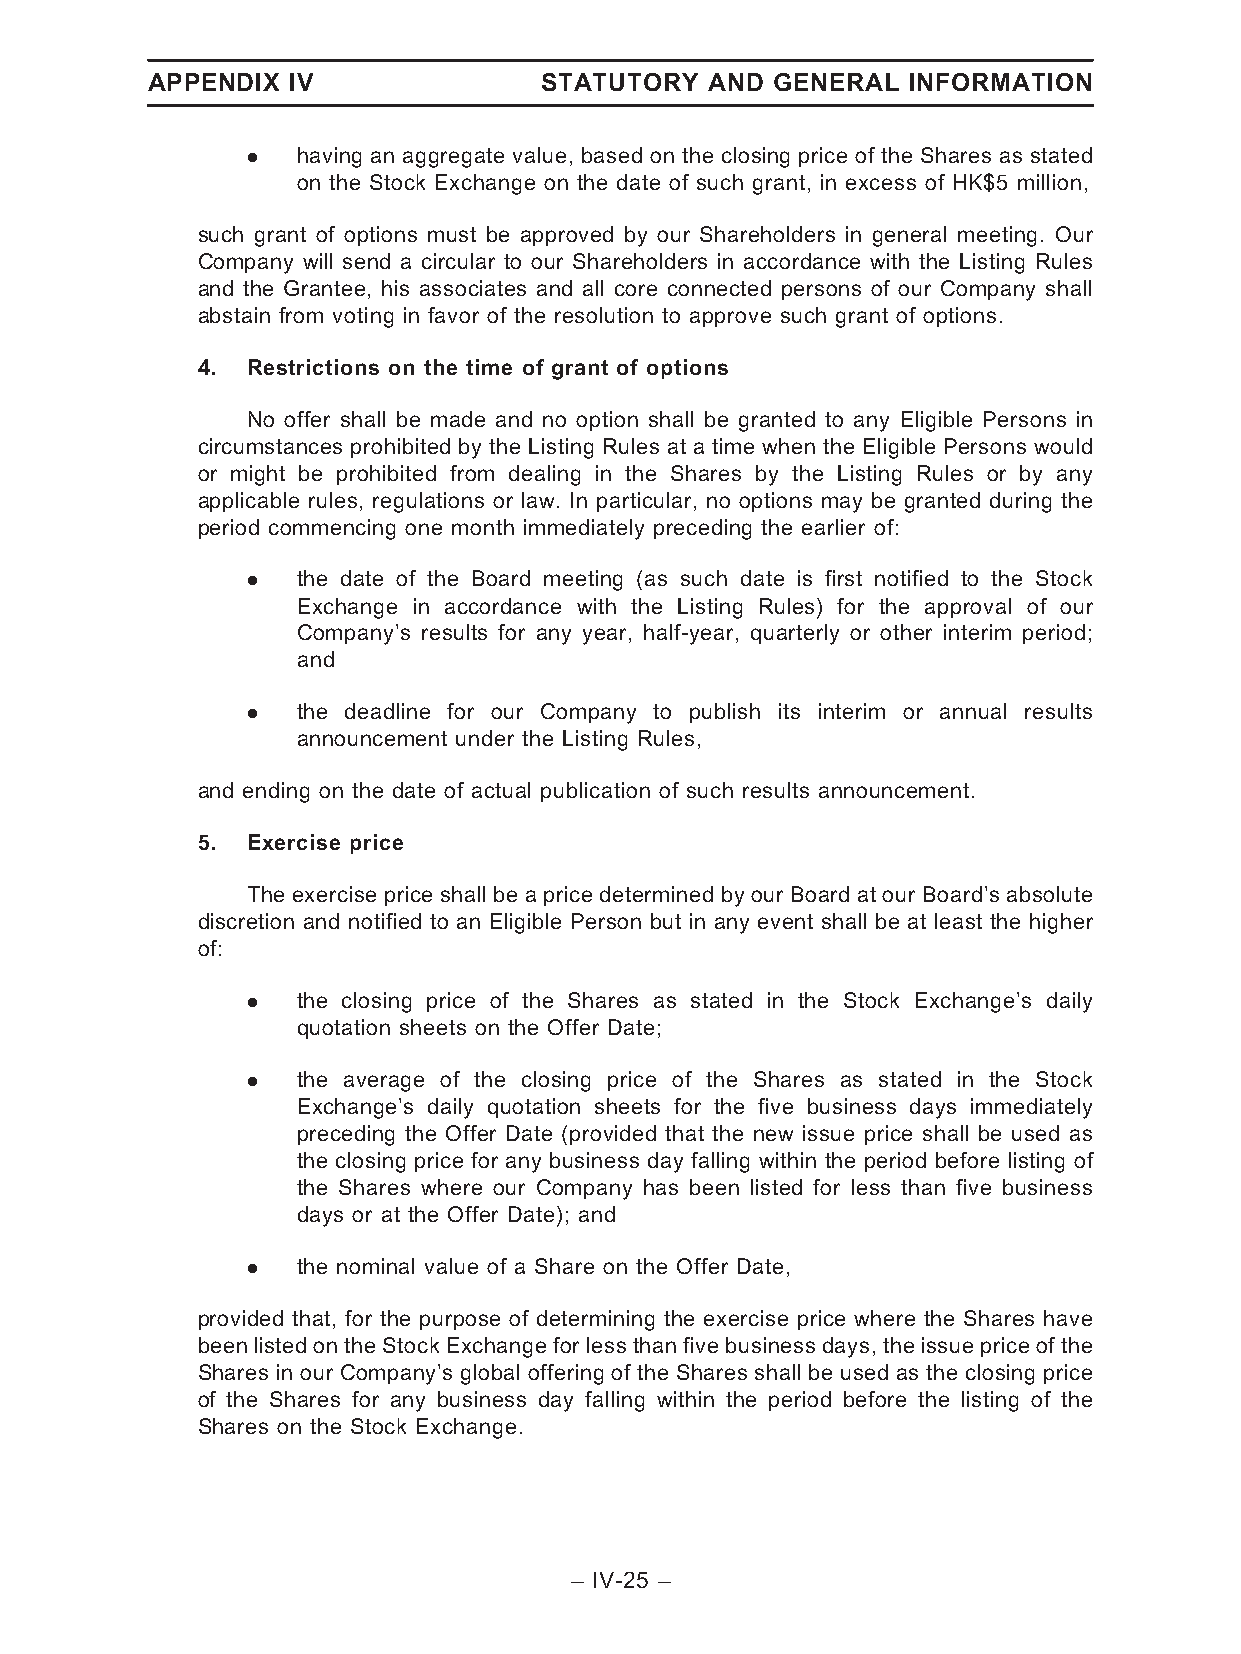
APPENDIX IV               STATUTORY  AND GENERAL  INFORMATION
 .   having an aggregate value, based on the closing price of the Shares as stated
 on the Stock Exchange on the date of such grant, in excess of HK$5 million,
 such grant of options must be approved by our Shareholders in general meeting. Our
 Company will send a circular to our Shareholders in accordance with the Listing Rules
 and the Grantee, his associates and all core connected persons of our Company shall
 abstain from voting in favor of the resolution to approve such grant of options.
 4. Restrictions on the time of grant of options
 No offer shall be made and no option shall be granted to any Eligible Persons in
 circumstances prohibited by the Listing Rules at a time when the Eligible Persons would
 or might be prohibited from dealing in the Shares by the Listing Rules or by any
 applicable rules, regulations or law. In particular, no options may be granted during the
 period commencing one month immediately preceding the earlier of:
 .   the date of the Board meeting (as such date is first notified to the Stock
 Exchange in accordance with the Listing Rules) for the approval of our
 Company’s results for any year, half-year, quarterly or other interim period;
 and
 .   the deadline for our Company to publish its interim or annual results
 announcement under the Listing Rules,
 and ending on the date of actual publication of such results announcement.
 5. Exercise price
 The exercise price shall be a price determined by our Board at our Board’s absolute
 discretion and notified to an Eligible Person but in any event shall be at least the higher
 of:
 .   the closing price of the Shares as stated in the Stock Exchange’s daily
 quotation sheets on the Offer Date;
 .   the average of the closing price of the Shares as stated in the Stock
 Exchange’s daily quotation sheets for the five business days immediately
 preceding the Offer Date (provided that the new issue price shall be used as
 the closing price for any business day falling within the period before listing of
 the Shares where our Company has been listed for less than five business
 days or at the Offer Date); and
 .   the nominal value of a Share on the Offer Date,
 provided that, for the purpose of determining the exercise price where the Shares have
 been listed on the StockExchange for lessthan five business days, the issue price of the
 Shares in our Company’s global offering of the Shares shall be used as the closing price
 of the Shares for any business day falling within the period before the listing of the
 Shares on the Stock Exchange.
 – IV-25 –